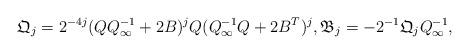
LaTeX: \begin{align*}\mathfrak{Q}_j=2^{-4j}(QQ_{\infty}^{-1}+2B)^jQ(Q_{\infty}^{-1}Q+2B^T)^j, \mathfrak{B}_j=-2^{-1}\mathfrak{Q}_jQ_{\infty}^{-1}, \end{align*}